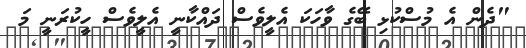
"ދެން އެ މުސްކުޅި ބޭގެ ވާހަކަ އެލީވެސް ދައްކާނީ އެލީވެސް ހީކުރަނީ މަ